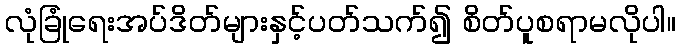
လုံခြုံရေးအပ်ဒိတ်များနှင့်ပတ်သက်၍ စိတ်ပူစရာမလိုပါ။